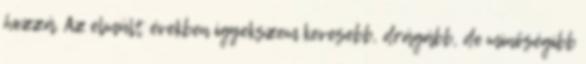
hozzá. Az elmúlt években igyekszem kevesebb, drágább, de minőségibb